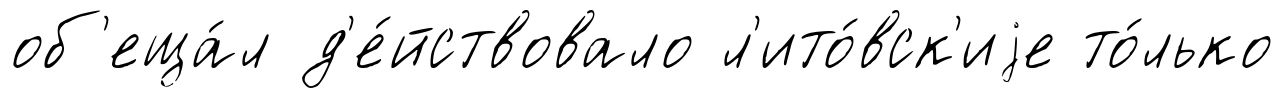
об'еща́л д'е́йствовало л'ито́вск'иjе то́лько